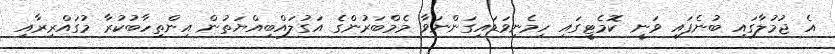
އެ ޖުމުލާގައި ބުނެފައި ވަނީ ކޮމެޓީގައި ހިމެނިވަޑައިގަންނަވާ މެމްބަރުންގެ އަގުލައްބިއްޔަތުން އިންތިހާބުކުރާ މުގައްރިރާއި